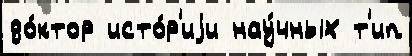
до́ктор исто́р'иjи нау́чных т'ип